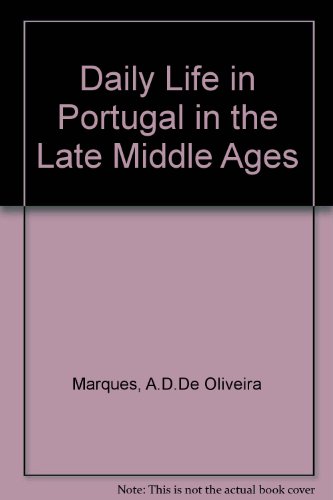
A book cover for Daily Life in Portugal in the Late Middle Ages; A. H. de Oliveira Marques; Travel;